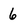
Character: 6